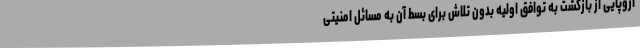
اروپایی از بازگشت به توافق اولیه بدون تلاش برای بسط آن به مسائل امنیتی